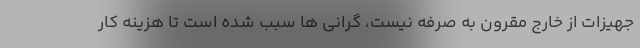
جهیزات از خارج مقرون به صرفه نیست، گرانی ها سبب شده است تا هزینه کار